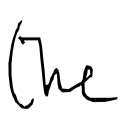
Text: the
Cross-out: clean
Writing tool: digital_black